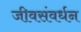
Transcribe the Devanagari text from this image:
जीवसंवर्धन